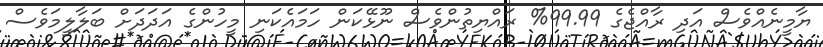
ޔާމީނެއްވެސް އަދި ރާއްޖެގެ 99.99% ރައްޔިތުންވެސް ނޫޅޭކަން ހަމައެކަނި މީހުންގެ އަދަދަށް ބަލާލީމަވެސް